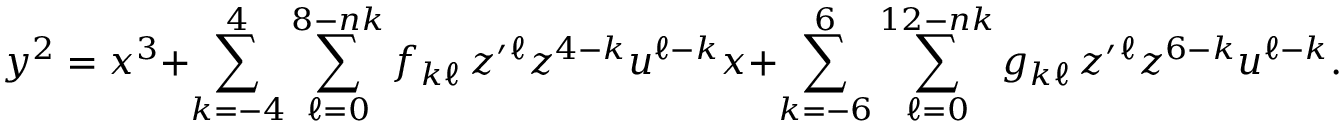
y ^ { 2 } = x ^ { 3 } + \sum _ { k = - 4 } ^ { 4 } \sum _ { \ell = 0 } ^ { 8 - n k } f _ { k \ell } \, z ^ { \prime } { } ^ { \ell } z ^ { 4 - k } u ^ { \ell - k } x + \sum _ { k = - 6 } ^ { 6 } \sum _ { \ell = 0 } ^ { 1 2 - n k } g _ { k \ell } \, z ^ { \prime } { } ^ { \ell } z ^ { 6 - k } u ^ { \ell - k } .